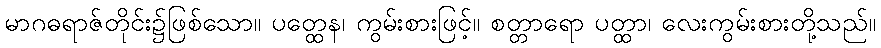
မာဂဓရာဇ်တိုင်း၌ဖြစ်သော။ ပတ္ထေန၊ ကွမ်းစားဖြင့်။ စတ္တာရော ပတ္ထာ၊ လေးကွမ်းစားတို့သည်။